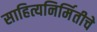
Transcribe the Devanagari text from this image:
साहित्यनिर्मितीचे